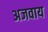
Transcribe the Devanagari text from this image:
अजवाय